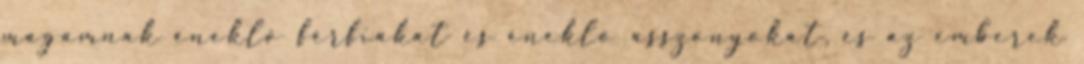
magamnak éneklõ férfiakat és éneklõ asszonyokat, és az emberek